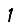
Digit: 1